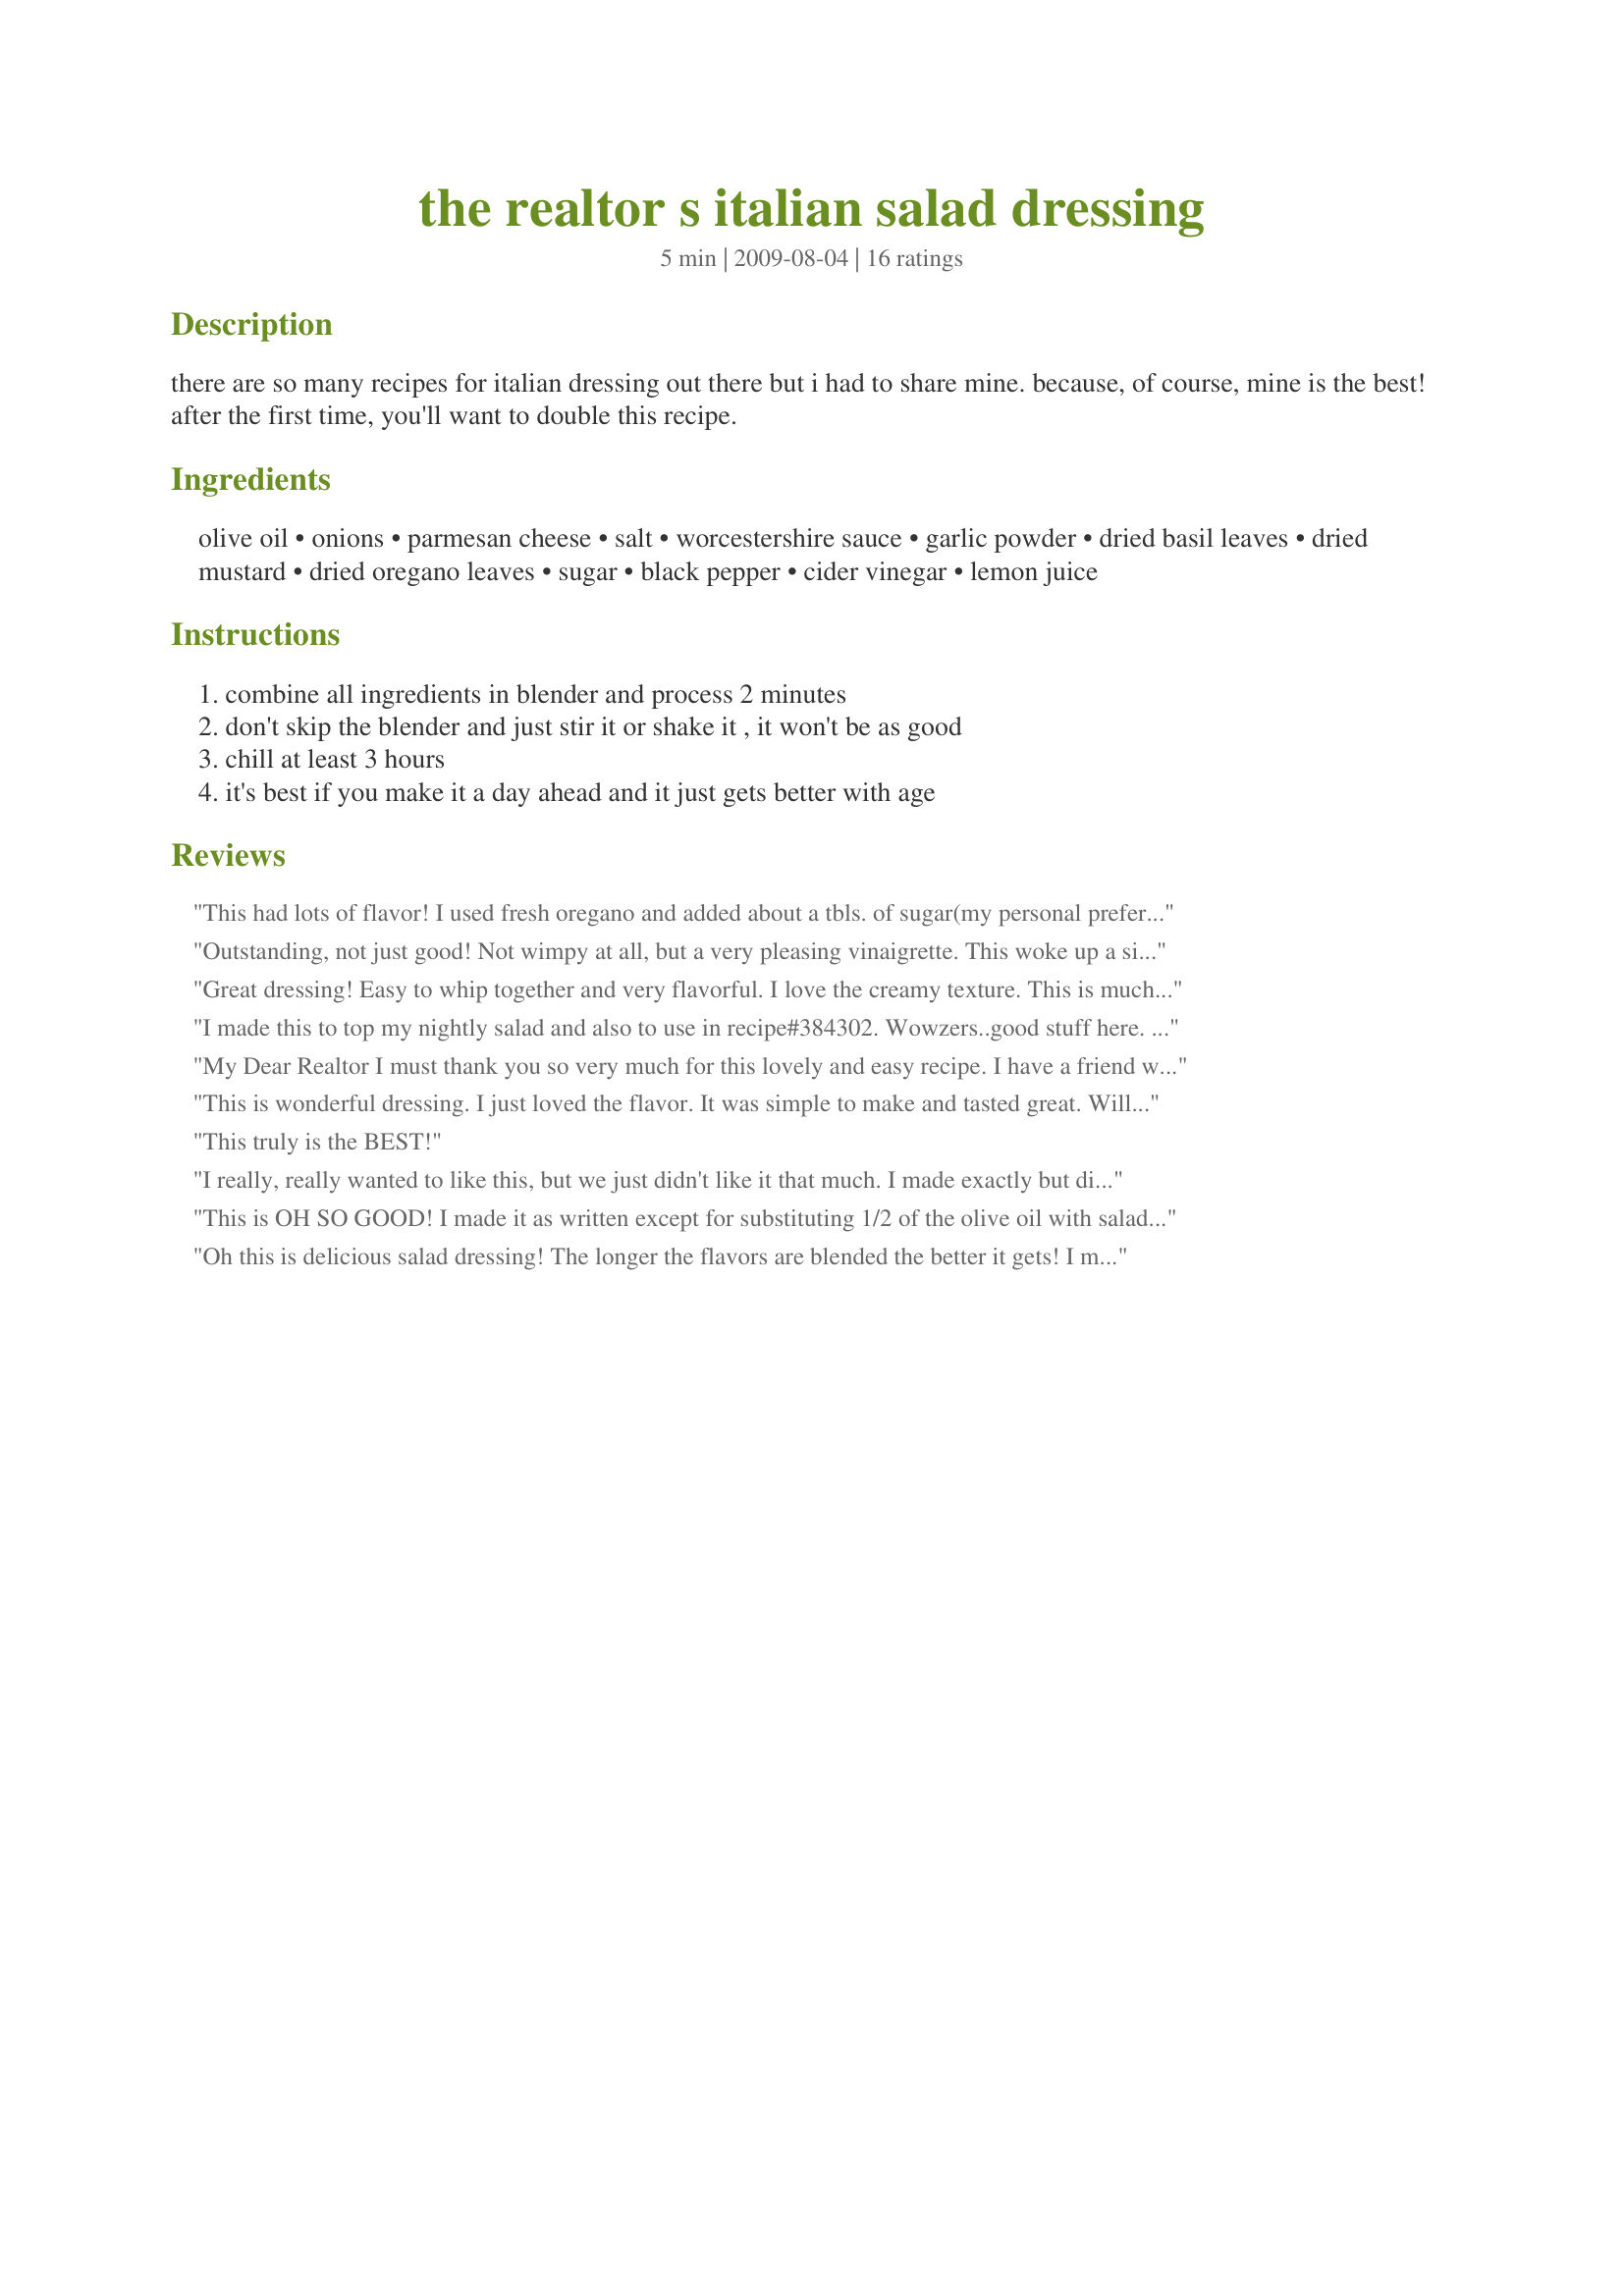
the realtor s italian salad dressing
Preparation time: 5 minutes

there are so many recipes for italian dressing out there but i had to share mine. because, of course, mine is the best! after the first time, you'll want to double this recipe.

Ingredients:
olive oil, onions, parmesan cheese, salt, worcestershire sauce, garlic powder, dried basil leaves, dried mustard, dried oregano leaves, sugar, black pepper, cider vinegar, lemon juice

Steps:
combine all ingredients in blender and process 2 minutes, don't skip the blender and just stir it or shake it , it won't be as good, chill at least 3 hours, it's best if you make it a day ahead and it just gets better with age

Reviews:
This had lots of flavor! I used fresh oregano and added about a tbls. of sugar(my personal preferance). Great on a green salad, thanks! Made for the Please Review My Recipe game(PRMR).
Outstanding, not just good! Not wimpy at all, but a very pleasing vinaigrette. This woke up a simple salad of romaine, grape tomatoes and shredded Parmesan cheese. Will definitely make this again. Made for Please Review My Recipe tag game.
Great dressing! Easy to whip together and very flavorful. I love the creamy texture. This is much healthier than the bottled version, too. Note: I used freshly minced onions but later realized that the chef may have meant dried minced onions.? Either way, it turned out tasty!
I made this to top my nightly salad and also to use in recipe#384302. Wowzers..good stuff here. But, then you always have the best dressing recipes:-) I left mine refrigerated for 8 hours b/f using and I thought the flavors had married together nicely. We'll see how it tastes tomorrow night as I have enough left-over.
My Dear Realtor I must thank you so very much for this lovely and easy recipe. I have a friend who will not use anything other than Italian Salad Dressing. I made this up to go on his salad, and ohhh my goodness you woulda thought I had lassoed the moon!!! I received raves from him and his spouse and the recipe was sent home with her. Thank You for making my guest so very, very happy. Hugz, Hugz and lots more Hugz
This is wonderful dressing. I just loved the flavor. It was simple to make and tasted great. Will use this recipe again and again.
This truly is the BEST!
I really, really wanted to like this, but we just didn't like it that much. I made exactly but did use fresh garlic. We thought it was a bit too tart and not sweet enough. I added some honey at the end and it was a little better, but still too tart. I used organic apple cider vinegar and not sure if that's stronger than regular apple cider vinegar. I may make it again with a little less vinegar and more sugar. Thank you!
This is OH SO GOOD! I made it as written except for substituting 1/2 of the olive oil with salad oil and using fresh basil (extra amount). I definitely think the blending part is important and keeping it for a day in the frig before using it. DELISH! Thanks, Realtor!
Oh this is delicious salad dressing! The longer the flavors are blended the better it gets! I made this to go with Recipe #177074 and am so happy I made my own dressing! Thanks Realtor! This is wonderful!!!!
This is what you'd expect at an upscale Italian restaurant (as opposed to what you'd get from a bottle at the grocery). I would strongly recommend making it at least a day in advance rather than just 3 hours. It was far, far better the second time around. (And use fresh garlic!)
Fantastic dressing! This just seemed to have the perfect balance of all the ingredients. Not too vinegar-y, good flavor & texture. This will be a repeat for us. Thanks.
Made this last night and I used fresh minced onions, about1 1-1 1/4 teaspoons sugar and added some Franks hot sauce for a little zip...everyone enjoyed this. Thank you.
Realtor/Chef, truly a 5-star recipe. Great flavor even though I used canola oil (I'm out of olive oil!!) Also used dry minced onions although I wasn't sure that was right. And Romano, out of Parm too! A keeper! . . . Janet
This was divine! It was easy to throw together in the blender. The first time I served it, I made it early in the day for a late dinner. It was lovely. However, I did have leftover dressing the next night, and it was even better. I served this over a grilled romaine salad, and it complemented it perfectly. I will be making this often. Thanks for posting this. Made for Everyday's a Holiday Tag Game.
A tasty dressing, but a little too vinegary for my own taste. I think substituting 2 T. of sugar and using fresh garlic would improve the flavour for me.
